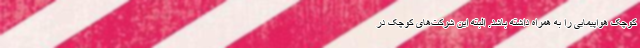
کوچک هواپیمایی را به همراه داشته باشد. البته این شرکت‌های کوچک در